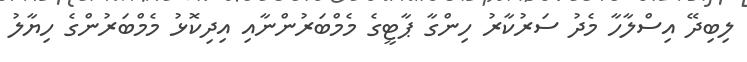
ލިބިދޭ އިސްލާހާ މެދު ސަރުކާރު ހިންގާ ޕާޓީގެ މެމްބަރުންނާއި އިދިކޮޅު މެމްބަރުންގެ ހިޔާލު